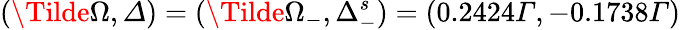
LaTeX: (\Tilde{\Omega},Δ)=(\Tilde{\Omega}_{-},\Delta_{-}^{s})=(0.2424Γ,-0.1738Γ)